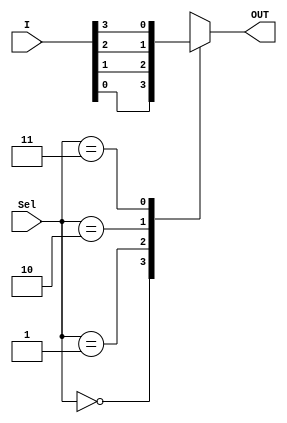
module mux41 (OUT, I, Sel);
	
	output OUT;
	input [3:0] I;
	input [1:0] Sel;
	
	reg OUT;

	always @ (I, Sel) 
		case (Sel)
			2'd0: OUT = I[0];
			2'd1: OUT = I[1];
			2'd2: OUT = I[2];
			2'd3: OUT = I[3];
		endcase

endmodule